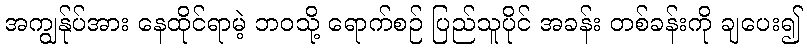
အကျွန်ုပ်အား နေထိုင်ရာမဲ့ ဘဝသို့ ရောက်စဉ် ပြည်သူပိုင် အခန်း တစ်ခန်းကို ချပေး၍